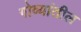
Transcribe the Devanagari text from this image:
गोव्यांतील